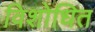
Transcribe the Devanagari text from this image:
विशोधित